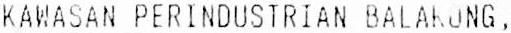
KAWASAN PERINDUSTRIAN BALAKONG,